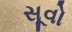
સૂવો